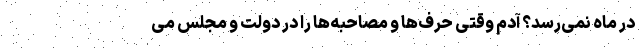
در ماه نمی‌رسد؟ آدم وقتی حرف‌ها و مصاحبه‌ها را در دولت و مجلس می‌